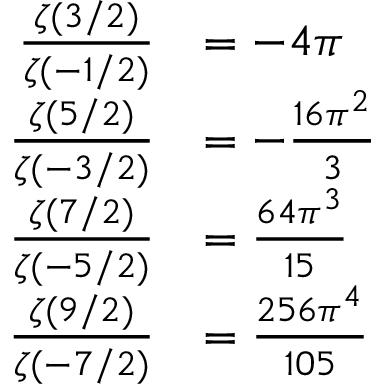
{ \begin{array} { r l } { { \frac { \zeta ( 3 / 2 ) } { \zeta ( - 1 / 2 ) } } } & { = - 4 \pi } \\ { { \frac { \zeta ( 5 / 2 ) } { \zeta ( - 3 / 2 ) } } } & { = - { \frac { 1 6 \pi ^ { 2 } } { 3 } } } \\ { { \frac { \zeta ( 7 / 2 ) } { \zeta ( - 5 / 2 ) } } } & { = { \frac { 6 4 \pi ^ { 3 } } { 1 5 } } } \\ { { \frac { \zeta ( 9 / 2 ) } { \zeta ( - 7 / 2 ) } } } & { = { \frac { 2 5 6 \pi ^ { 4 } } { 1 0 5 } } } \end{array} }